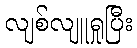
လျစ်လျူရှုပြီး